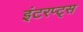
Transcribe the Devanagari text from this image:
इंटरप्ट्स